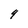
Character: 9